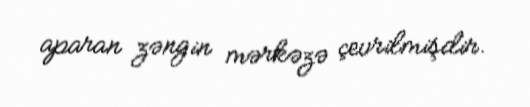
aparan zəngin mərkəzə çevrilmişdir.